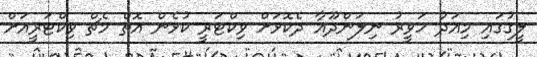
ލީގުގައި މިއަދު ހަވީރު ނިލަންދޫއާ ދެކޮޅަށް ވިކްޓަރީ ކުޅެން އޮތް މެޗް ވިކްޓަރީއަށް